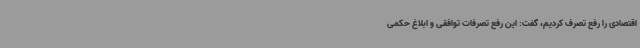
اقتصادی را رفع تصرف کردیم، گفت: این رفع تصرفات توافقی و ابلاغ حکمی